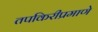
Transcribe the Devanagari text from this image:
तपकिरीप्रमाणे